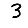
Digit: 3